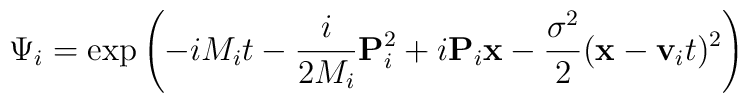
\Psi_i = \exp \left( -iM_i t - \frac{i}{2M_i}{\bf P}_i^2   + i {\bf P}_i {\bf x} - \frac{\sigma^2}{2} ({\bf x} - {\bf v}_i t)^2   \right)